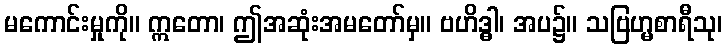
မကောင်းမှုကို။ ဣတော၊ ဤအဆုံးအမတော်မှ။ ဗဟိဒ္ဓါ၊ အပ၌။ သဗြဟ္မစာရီသု၊